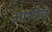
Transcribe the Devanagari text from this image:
आशौच